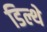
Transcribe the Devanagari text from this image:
डिल्थे